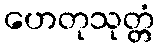
ဟေတုသုတ္တံ